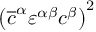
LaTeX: \left( \overline { { { c } } } ^ { \alpha } \varepsilon ^ { \alpha \beta } c ^ { \beta } \right) ^ { 2 }